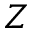
Z